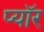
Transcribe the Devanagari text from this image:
प्यॉर